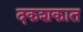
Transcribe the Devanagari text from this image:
दकशकात